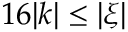
1 6 | k | \leq | \xi |